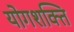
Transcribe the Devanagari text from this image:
योगशक्‍ति